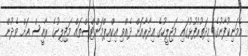
އެމަނިކުފާނުގެ މިދަތުރުފުޅުގައި މަޖިލީހުގެ އިދާރާއަށް ދެއްވި އިކްއިޕްމަންޓްސްތައް މަޖިލިހުގެ ރާއީސް އަށް ވެދުން